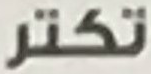
تكتر